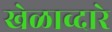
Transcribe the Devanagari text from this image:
खेळाव्दारे